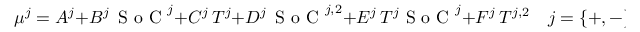
\mu ^ { j } = A ^ { j } + B ^ { j } \, \textrm { S o C } ^ { j } + C ^ { j } \, T ^ { j } + D ^ { j } \, \textrm { S o C } ^ { j , 2 } + E ^ { j } \, T ^ { j } \textrm { S o C } ^ { j } + F ^ { j } \, T ^ { j , 2 } \quad j = \{ + , - \}